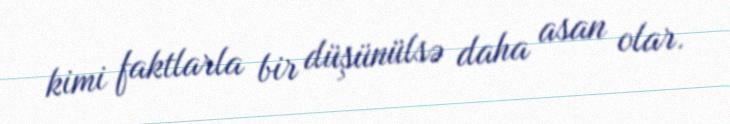
kimi faktlarla bir düşünülsə daha asan olar.